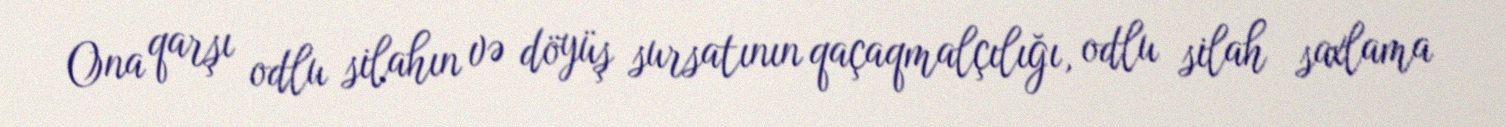
Ona qarşı odlu silahın və döyüş sursatının qaçaqmalçılığı, odlu silah saxlama